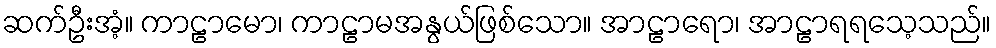
ဆက်ဦးအံ့။ ကာဠာမော၊ ကာဠာမအနွယ်ဖြစ်သော။ အာဠာရော၊ အာဠာရရသေ့သည်။